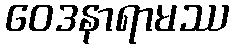
ဝေဒနာရာမဿ